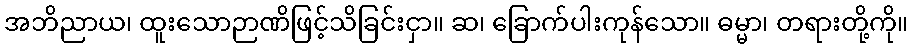
အဘိညာယ၊ ထူးသောဉာဏိဖြင့်သိခြင်းငှာ။ ဆ၊ ခြောက်ပါးကုန်သော။ ဓမ္မာ၊ တရားတို့ကို။